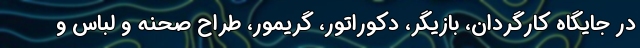
در جایگاه کارگردان، بازیگر، دکوراتور، گریمور، طراح صحنه و لباس و